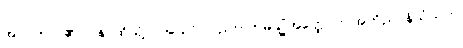
အာဂတာ၊ ၏။ ပန၊ ထိုသို့လာသော် လည်း။ ဣမသ္မိံအတ္ထေ၊ ဤအဘိညာနိသံသဟု